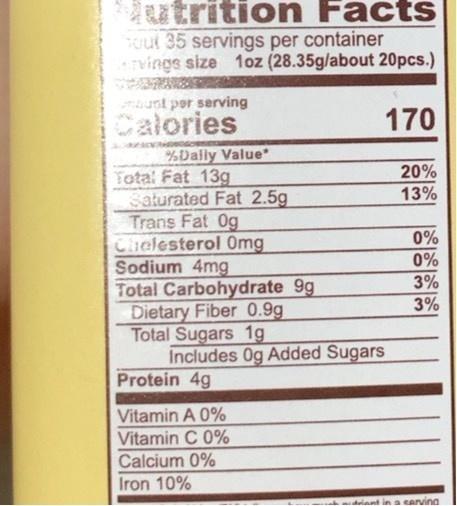
utrition Facts uut 35 servings per container Tvings size 1oz (28.35g/about 20pcs.)
aunt per serving Calories
170
%Dally Value Tota: Fat 13g Saturated Fat 2.5g Trans Fat 0g Chelesterol 0mg Sodium 4mg Total Carbohydrate 9g Dietary Fiber 0.9g Total Sugars 1g Includes Og Added Sugars Protein 4g
20%
13%
0%
0%
3%
3%
Vitamin A 0% Vitamin C 0% Calcium 0%
Iron 10%
hiant in a cerving